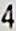
4